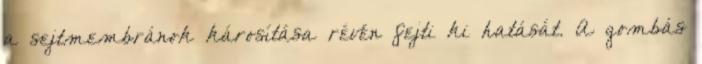
a sejtmembránok károsítása révén fejti ki hatását. A gombás